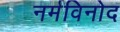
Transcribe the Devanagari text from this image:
नर्मविनोद